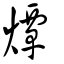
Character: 燂